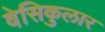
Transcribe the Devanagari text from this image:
वेसिकुलार